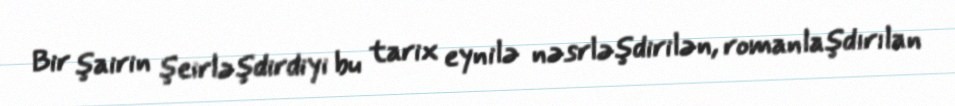
Bir şairin şeirləşdirdiyi bu tarix eynilə nəsrləşdirilən, romanlaşdırılan